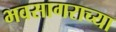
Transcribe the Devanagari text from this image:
भवसागराच्या